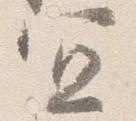
宜